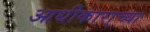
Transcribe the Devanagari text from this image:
आधीकारा्च्या